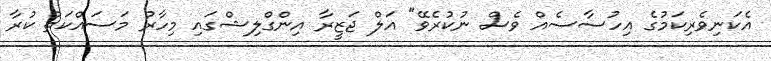
އެކަނިވެރިކަމުގެ އިހުސާސެއް ވެސް ނުކުރެވޭ" އަލް ޖަޒީރާ އިންގްލިޝްގައި މިހާރު މަސައްކަތް ކުރާ